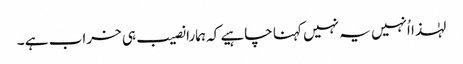
لہٰذا اُنہیں یہ نہیں کہنا چاہیے کہ ہمارا نصیب ہی خراب ہے ۔